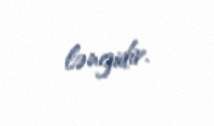
ləngidir.